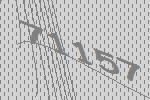
71157